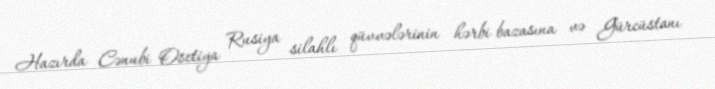
Hazırda Cənubi Osetiya Rusiya silahlı qüvvələrinin hərbi bazasına və Gürcüstanı